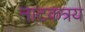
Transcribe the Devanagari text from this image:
नाटकत्रय